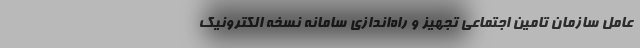
عامل سازمان تامین اجتماعی تجهیز و راه‌اندازی سامانه نسخه الکترونیک